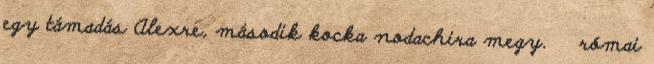
egy támadás Alexre, második kocka nodachira megy. római